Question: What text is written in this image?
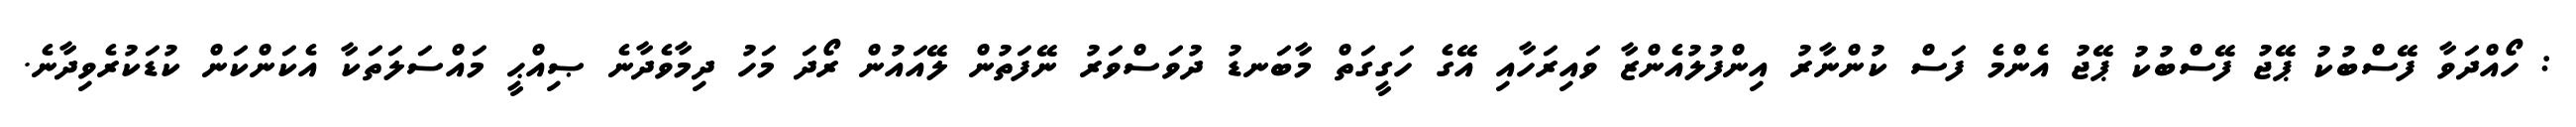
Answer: : ހޯއްދަވާ ފޭސްބުކު ޕޭޖު ފޭސްބުކު ޕޭޖު އެންމެ ފަސް ކުންނާރު އިންފުލުއެންޒާ ވައިރަހާއި އޭގެ ހަގީގަތް މާބަނޑު ދުވަސްވަރު ނޭފަތުން ލޭއައުން ރޯދަ މަހު ދިމާވެދާނެ ޞިއްޙީ މައްސަލަތަކާ އެކަންކަން ކުޑަކުރެވިދާނެ.